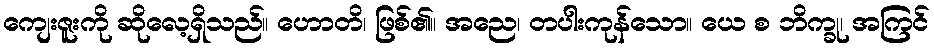
ကျေးဇူးကို ဆိုလေ့ရှိသည်။ ဟောတိ၊ ဖြစ်၏။ အညေ၊ တပါးကုန်သော။ ယေ စ ဘိက္ခု၊ အကြင်